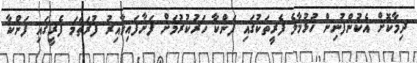
ދިމާކޮށް އެކުންފުނިން ހުޅުމާލެ ފެރީތަކުގައި ފަންކާ ހަރުކުރުމަށް ފަށާފައިވާއިރު ފުރަތަމަ ފެރީގައި ފަންކާ